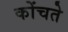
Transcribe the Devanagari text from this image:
कोंचते